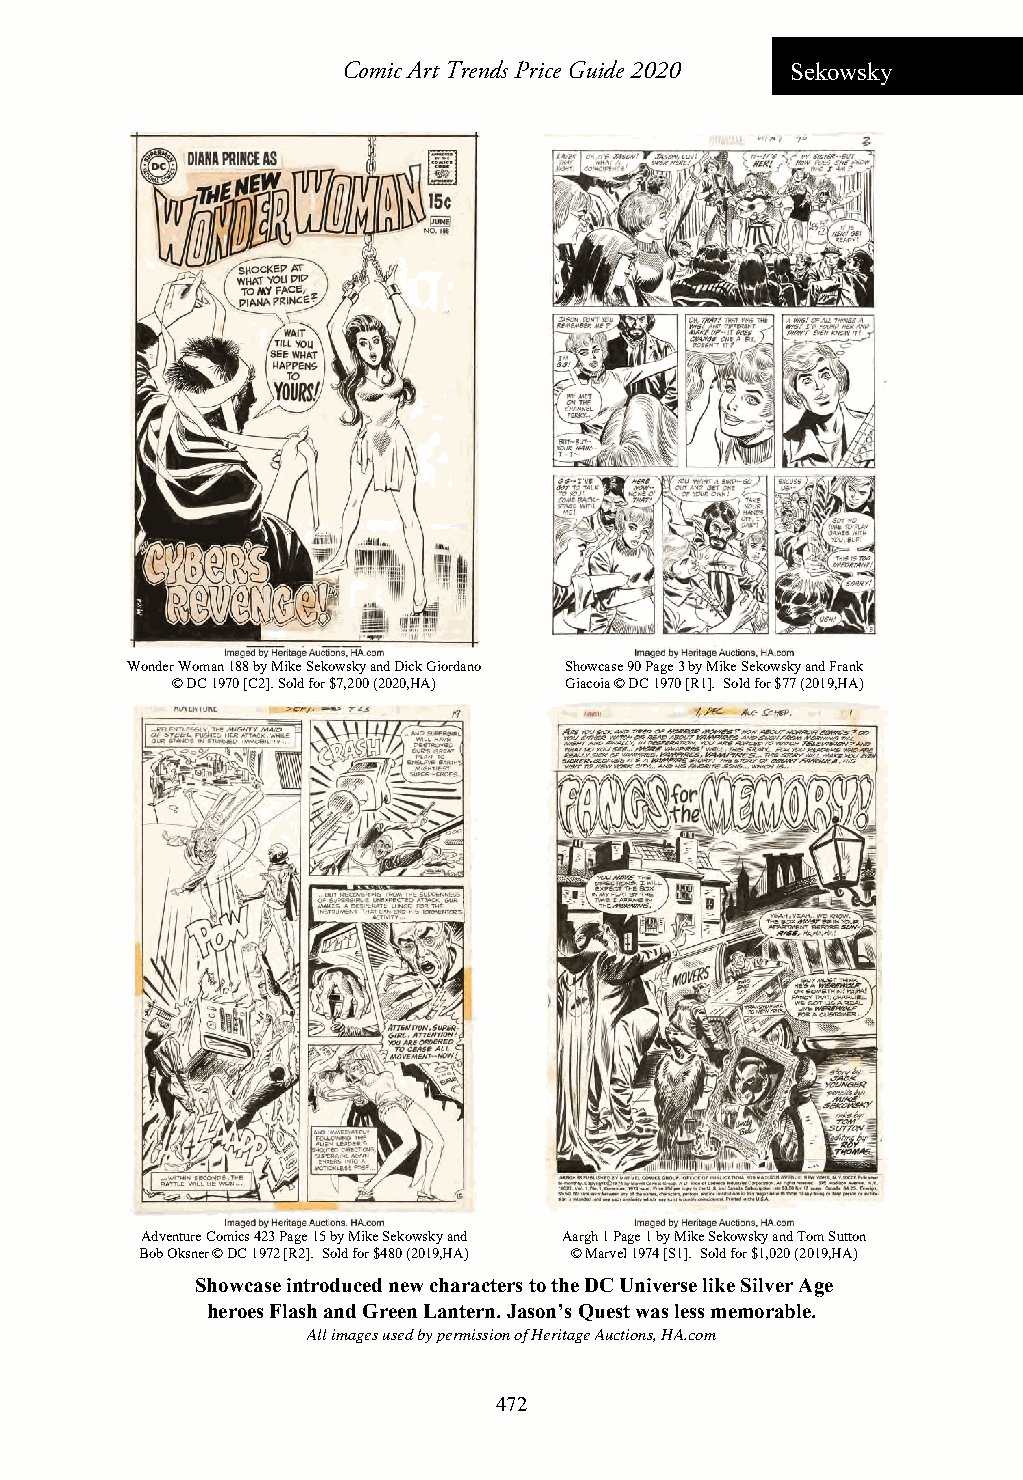
Comic Art Trends Price Guide 2020 Sekowsky
 Wonder Woman 188 by Mike Sekowsky and Dick Giordano Showcase 90 Page 3 by Mike Sekowsky and Frank
 © DC 1970 [C2]. Sold for $7,200 (2020,HA) Giacoia © DC 1970 [R1]. Sold for $77 (2019,HA)
 Adventure Comics 423 Page 15 by Mike Sekowsky and Aargh 1 Page 1 by Mike Sekowsky and Tom Sutton
 Bob Oksner © DC 1972 [R2]. Sold for $480 (2019,HA) © Marvel 1974 [S1]. Sold for $1,020 (2019,HA)
 Showcase introduced new characters to the DC Universe like Silver Age
 heroes Flash and Green Lantern. Jason’s Quest was less memorable.
 All images used by permission of Heritage Auctions, HA.com
 472